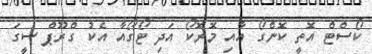
ކޯސްޓް އޮތީ ކޮންގޯ އާއި މޮރޮކޯ އަދި ޓޯގޯއާ އެކު ގްރޫޕް ސީގަ